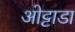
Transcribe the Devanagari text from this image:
ओट्टाडा